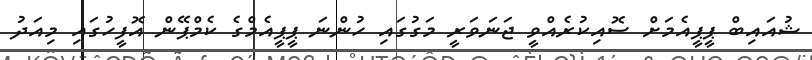
ޝުއައިބް ޕީޕީއެމަށް ސޮއިކުރެއްވީ ޖަނަވަރީ މަގުގައި ހުންނަ ޕީޕީއެމްގެ ކެމްޕޭން އޮފީހުގައި މިއަދު